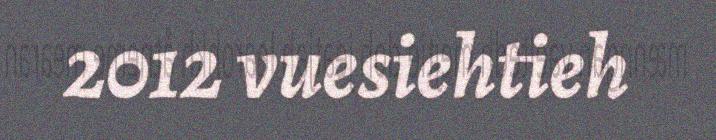
2012 vuesiehtieh